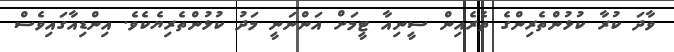
ވާދަ ކުރާ ކުޅުންތެރިންގެ ތެރެއިން ސީނިއާ ޓީމަށް އަންނަނީ މަދު ކުޅުންތެރިޔެކެވެ. އިންޑިއާގައިވެސް